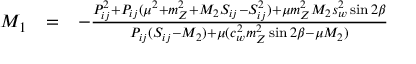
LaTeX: \begin{array} { l l l } { { M _ { 1 } } } & { { = } } & { { - \frac { P _ { i j } ^ { 2 } + P _ { i j } ( \mu ^ { 2 } + m _ { Z } ^ { 2 } + M _ { 2 } S _ { i j } - S _ { i j } ^ { 2 } ) + \mu m _ { Z } ^ { 2 } M _ { 2 } s _ { w } ^ { 2 } \sin 2 \beta } { P _ { i j } ( S _ { i j } - M _ { 2 } ) + \mu ( c _ { w } ^ { 2 } m _ { Z } ^ { 2 } \sin 2 \beta - \mu M _ { 2 } ) } } } \end{array}